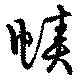
幘